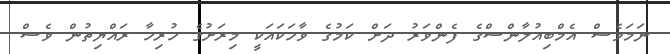
ނަމަވެސް އެމްބިއުލާންސްގެ ފެންވަރު ދަށް ކަމުގެ ވާހަކައަކީ މިރަށުގެ ހުރިހާ ރައްޔިތުން ވެސް